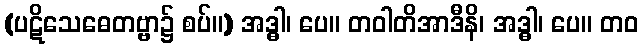
(ပဋိသေဓေတဗ္ဗာ၌ စပ်။) အဒ္ဓါ၊ ပေ။ တဝါတိအာဒီနိ၊ အဒ္ဓါ၊ ပေ။ တဝ